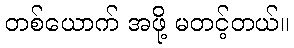
တစ်ယောက် အဖို့ မတင့်တယ်။